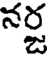
నర్జ